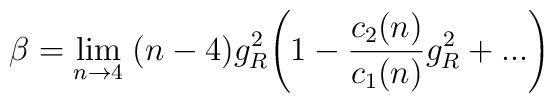
\beta=\lim_{n\rightarrow 4}\;(n-4)g^{2}_{R}\Biggl( 1-\frac{c_{2}(n)}{c_{1}(n)}g^{2}_{R}+... \Biggr)